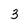
Character: 3